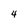
Character: 4